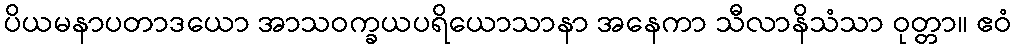
ပိယမနာပတာဒယော အာသဝက္ခယပရိယောသာနာ အနေကာ သီလာနိသံသာ ဝုတ္တာ။ ဧဝံ